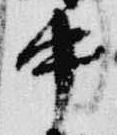
中